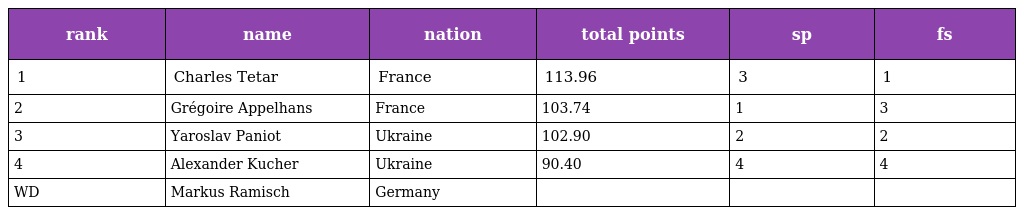
| rank | name | nation | total points | sp | fs |
 | --- | --- | --- | --- | --- | --- |
 | 1 | Charles Tetar | France | 113.96 | 3 | 1 |
 | 2 | Grégoire Appelhans | France | 103.74 | 1 | 3 |
 | 3 | Yaroslav Paniot | Ukraine | 102.90 | 2 | 2 |
 | 4 | Alexander Kucher | Ukraine | 90.40 | 4 | 4 |
 | WD | Markus Ramisch | Germany |  |  |  |